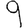
Digit: 9